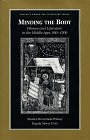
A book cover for Minding the Body: Women and Literature in the Middle Ages, 800-1500 (Twayne's Women & Literature Series); Monica Brzezinski Potkay; Literature & Fiction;